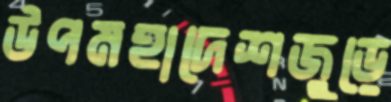
উপমহাদেশজুড়ে